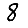
Digit: 8